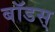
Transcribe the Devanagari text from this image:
बॉडस्